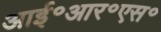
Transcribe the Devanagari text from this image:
आई॰आर॰एस॰